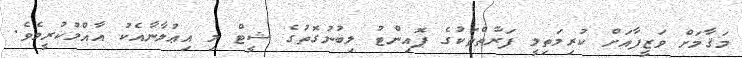
މަޤާމަށް ވަޒީފާއަށް ކުރިމަތިލީ ފަރާތްތަކުގެ ޕޮއިންޓު ލިބުނުގޮތުގެ ޝީޓް މި އިޢުލާނާއެކު އާއްމުކުރީމެވެ.